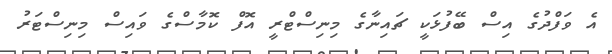
އެ ވަފްދުގެ އިސް ބޭފުޅަކީ ޗައިނާގެ މިނިސްޓްރީ އޮފް ކޮމާސްގެ ވައިސް މިނިސްޓަރު